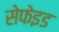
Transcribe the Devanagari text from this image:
सेफेइड